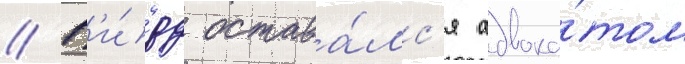
// Г'и́рд остава́лс'я адвока́том